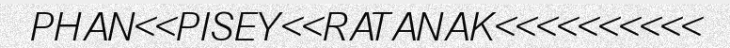
PHAN<<PISEY<<RATANAK<<<<<<<<<<